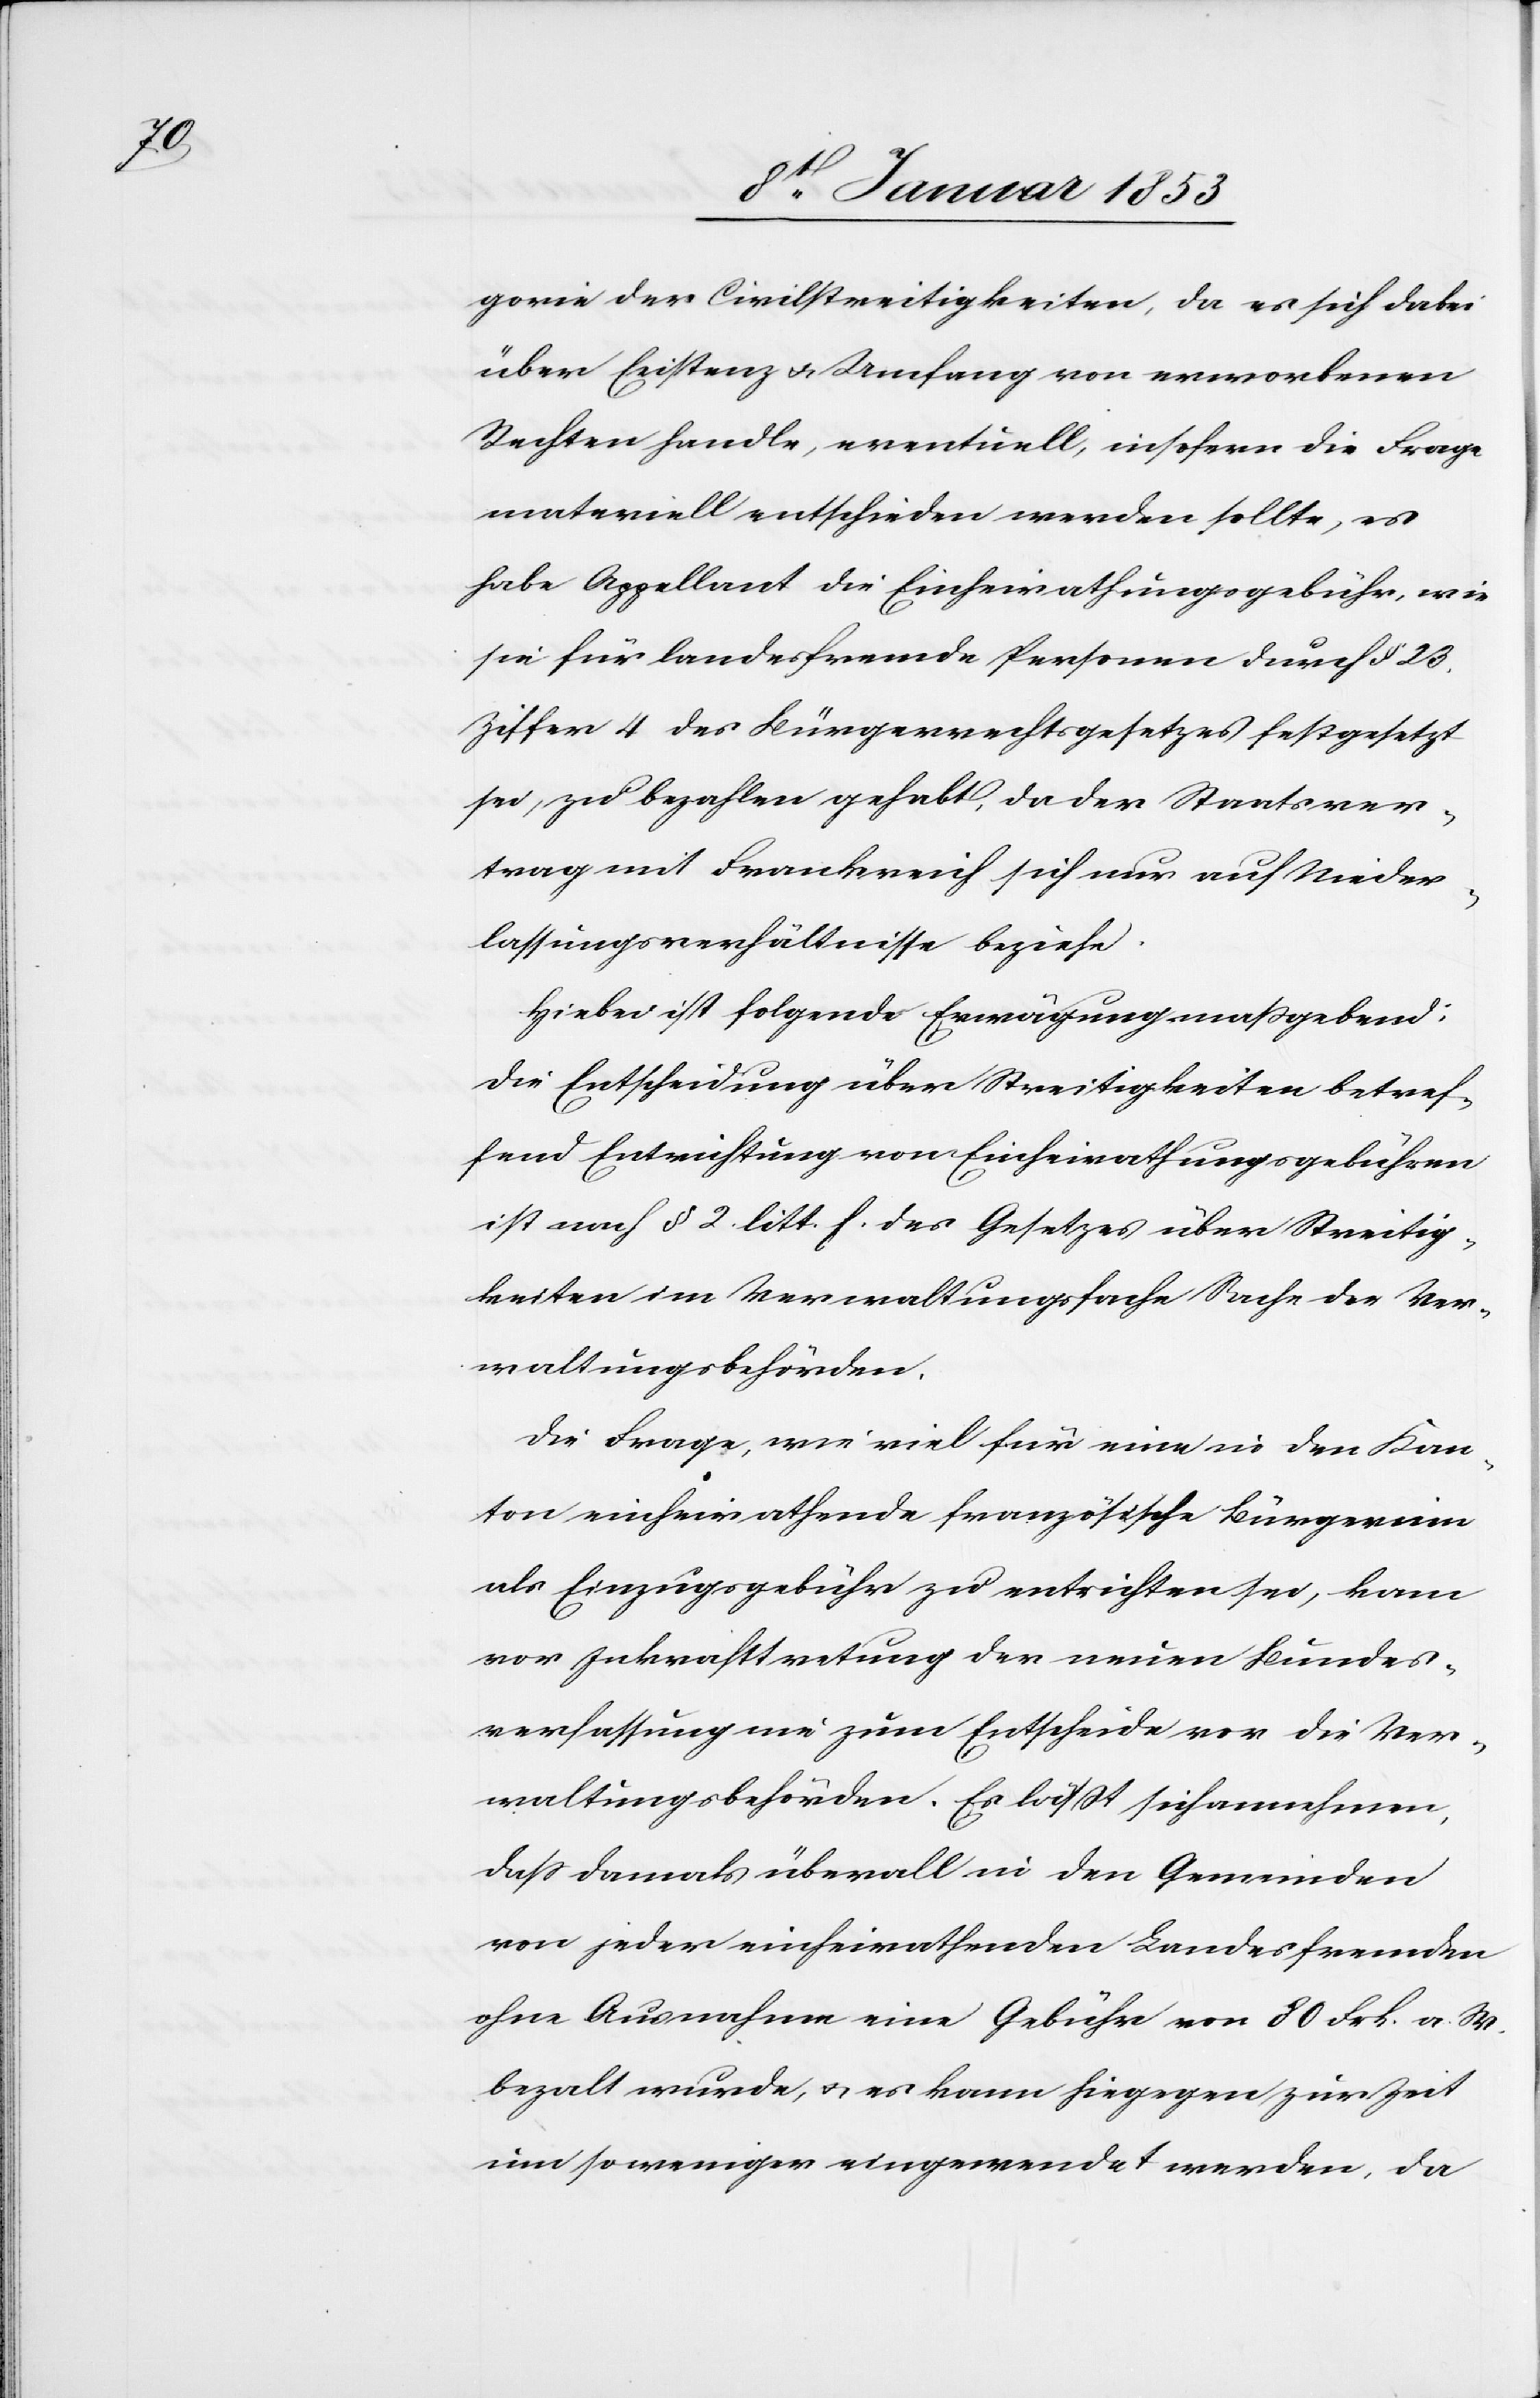
u.

über Existenz u. Umfang von erworbenen
Rechten handle, eventuell, insofern die Frage
materiell entschieden werden sollte, es
habe Appellant die Einheirathungsgebühr, wie
sie für Landesfremde Personen durch §. 23
Ziffer 4 des Bürgerrechtsgesetzes festgesetzt
sei, zu bezahlen gehabt, da der Staatsver¬
trag mit Frankreich sich nur auf Nieder¬
lassungsverhältnisse beziehe.
Hiebei ist folgende Erwägung massgebend:
die Entscheidung über Streitigkeiten betref¬
fend Entrichtung von Einheirathungsgebühren.
Die Frage, wie viel für eine in den Kan¬
ton einheirathende französische Bürgerinn
als Einzugsgebühr zu entrichten sei, kam
vor Inkrafttretung der neuen Bundes¬
verfassung nie zum Entscheide vor die Ver¬
waltsbehörden. Es lässt sich annehmen,
daß damals überall in den Gemeinden
von jeder einheirathenden Landesfremden
ohne Ausnahme eine Gebühr von 80 Frk. a. W.
um so weniger eingewendet werden, da